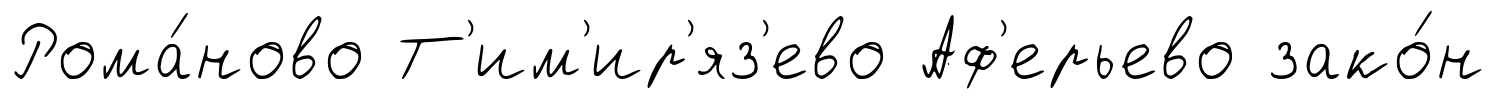
Рома́ново Т'им'ир'яз'ево Аф'ерьево зако́н